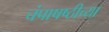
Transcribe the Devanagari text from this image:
चंपाषष्ठीच्या